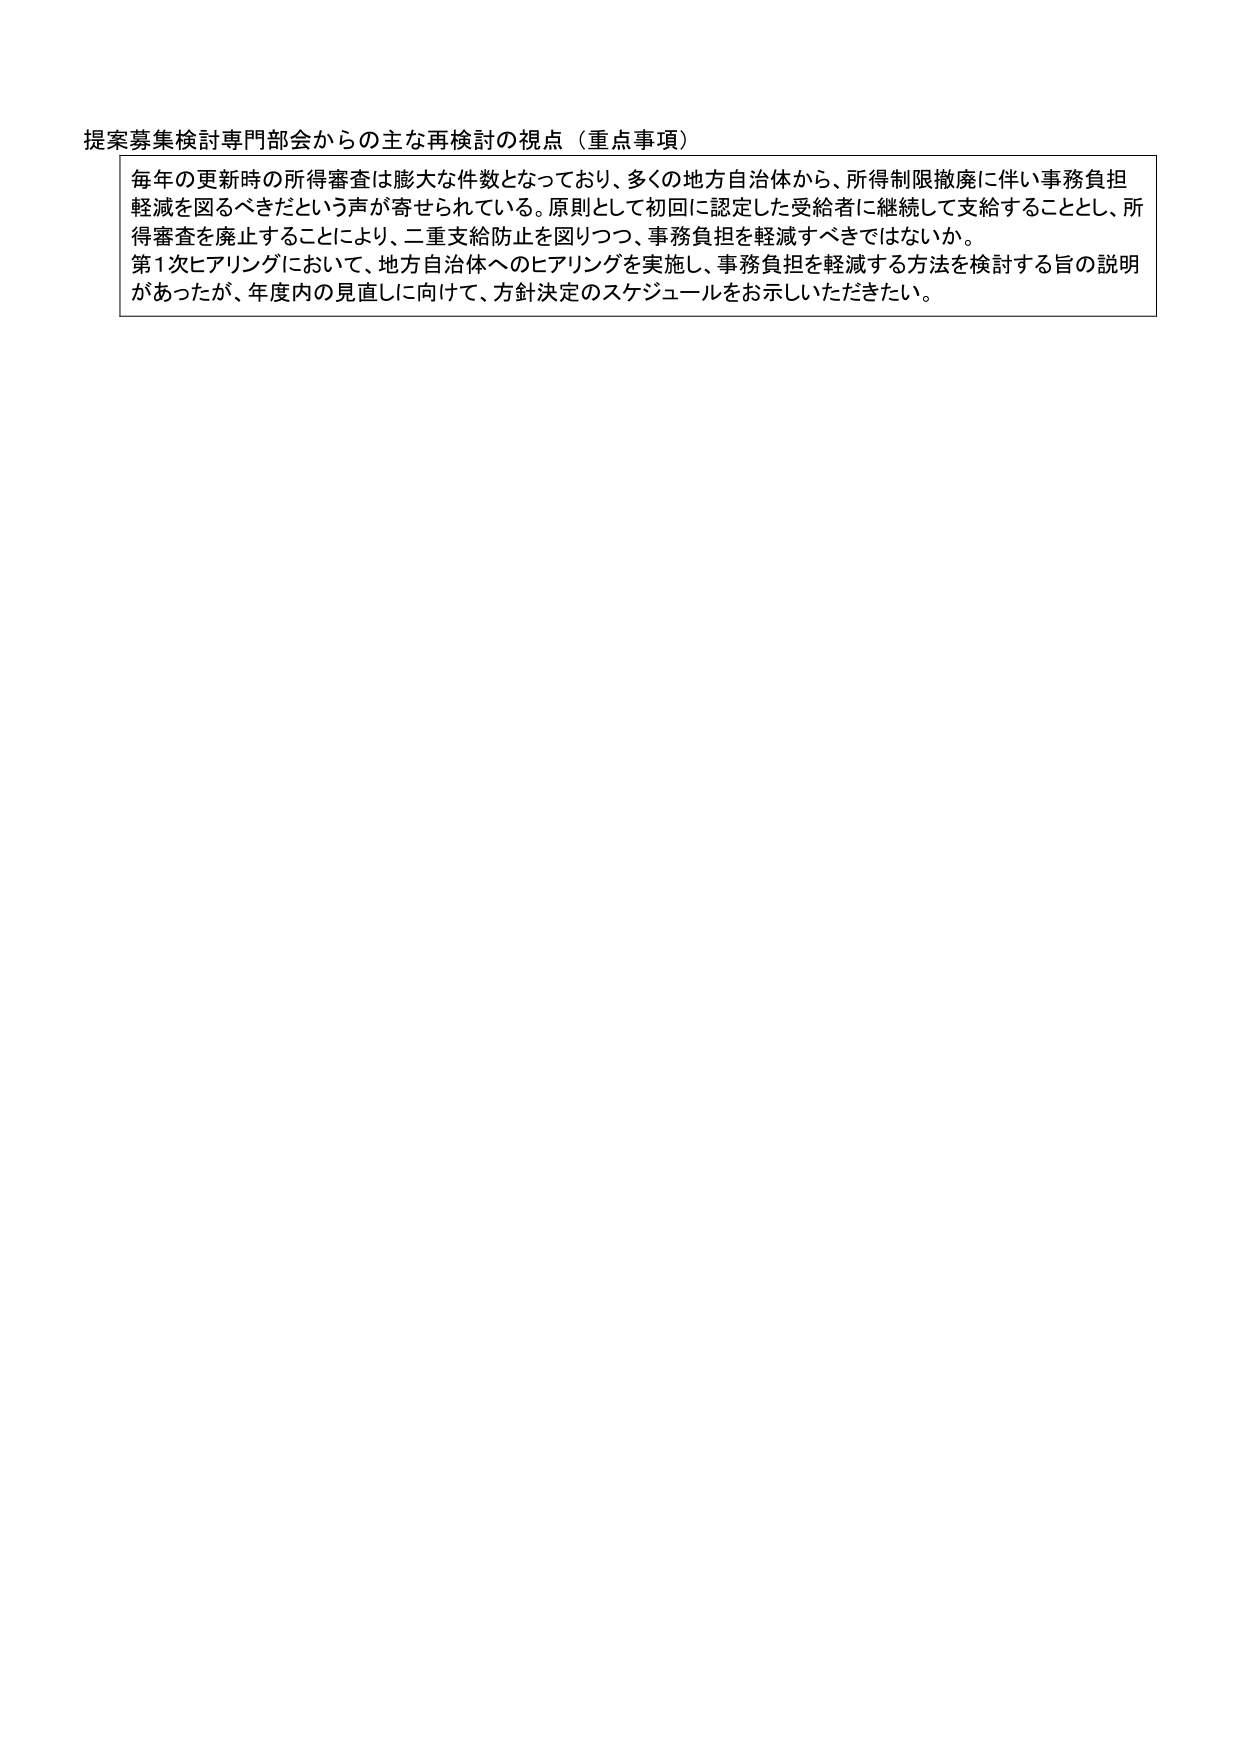
提案募集検討専門部会からの主な再検討の視点（重点事項）

毎年の更新時の所得審査は膨大な件数となっており、多くの地方自治体から、所得制限撤廃に伴い事務負担軽減を図るべきだという声が寄せられている。原則として初回に認定した受給者に継続して支給することとし、所得審査を廃止することにより、二重支給防止を図りつつ、事務負担を軽減すべきではないか。

第1次ヒアリングにおいて、地方自治体へのヒアリングを実施し、事務負担を軽減する方法を検討する旨の説明があったが、年度内の見直しに向けて、方針決定のスケジュールをお示しいただきたい。